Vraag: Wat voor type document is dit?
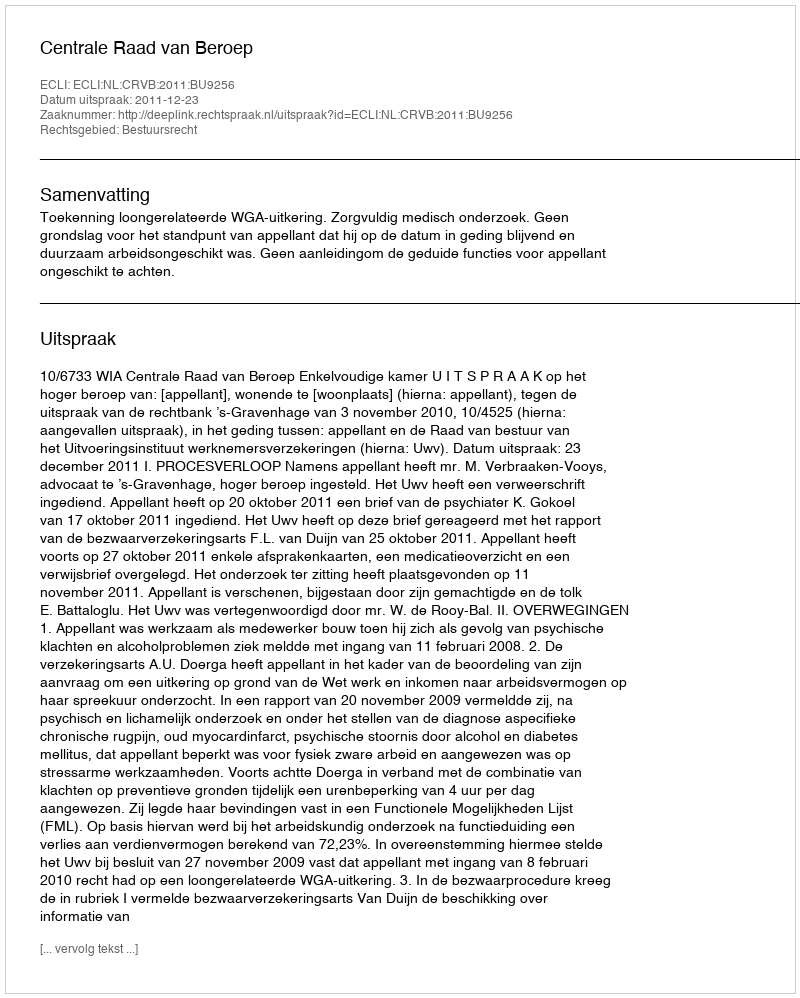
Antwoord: Uitspraak